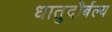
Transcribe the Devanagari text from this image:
धातुदौर्बल्य